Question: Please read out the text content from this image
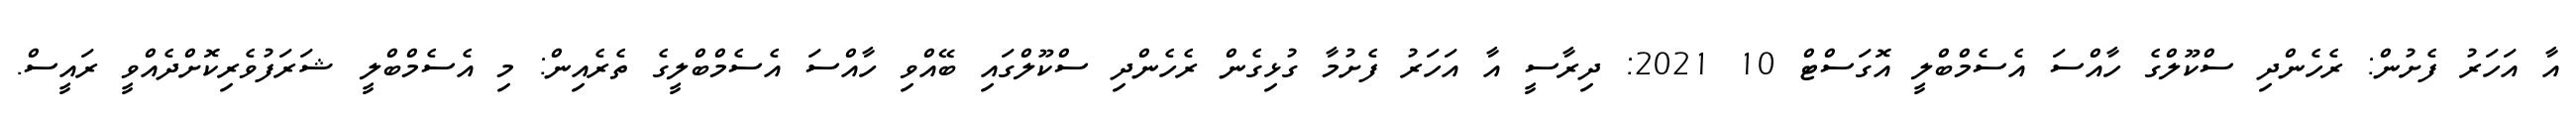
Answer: އާ އަހަރު ފެށުން: ރެހެންދި ސްކޫލްގެ ހާއްސަ އެސެމްބްލީ އޮގަސްޓް 10 2021: ދިރާސީ އާ އަހަރު ފެށުމާ ގުޅިގެން ރެހެންދި ސްކޫލްގައި ބޭއްވި ހާއްސަ އެސެމްބްލީގެ ތެރެއިން: މި އެސެމްބްލީ ޝަރަފުވެރިކޮށްދެއްވީ ރައީސް.